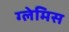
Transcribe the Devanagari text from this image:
ग्लेमिस